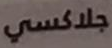
جلاكسي